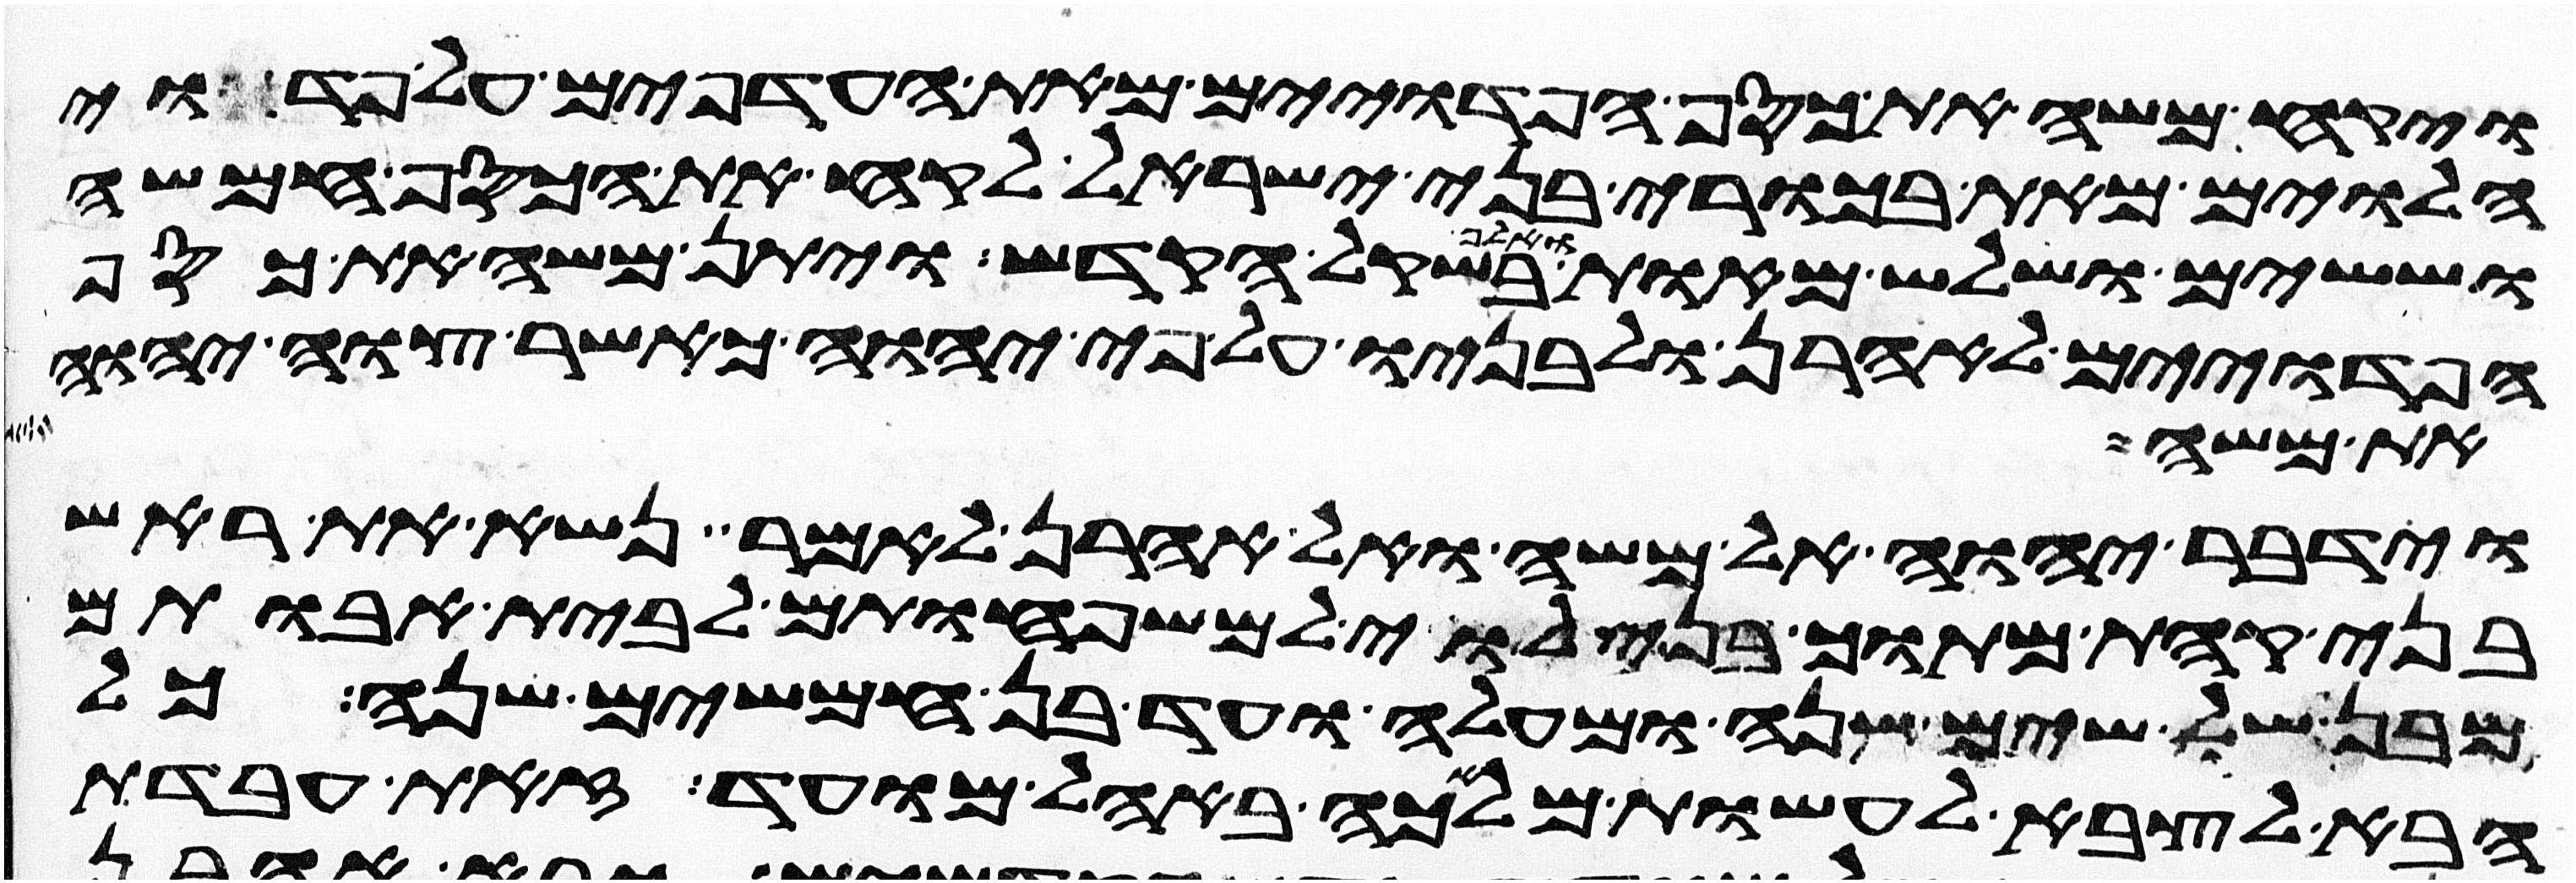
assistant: ויקח משה את כסף הפדוים מאת העדפים על פדוי
הלוים מאת בכורי בני ישראל לקח את הכסף חמשה
וששים ושלש מאות ואלף בשקל הקדש ויתן משה את כסף
הפדוים לאהרן ולבניו על פי יהוה כאשר צוה יהוה
את משה
וידבר יהוה אל משה ואל אהרן לאמר נשא את ראש
בני קהת מתוך בני לוי למשפחותם לבית אבותם
מבן שלשים שנה ומעלה ועד בן חמשים שנה כל
הבא לצבא לעשות מלאכה באהל מועד זאת עבדת